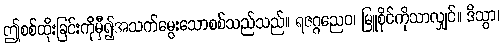
ဤစစ်ထိုးခြင်းကိုမှီ၍အသက်မွေးသောစစ်သည်သည်။ ရဇဂ္ဂညေဝ၊ မြူစိုင်ကိုသာလျှင်။ ဒိသွာ၊